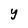
Character: Y